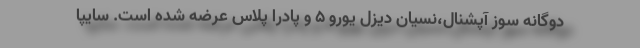
دوگانه سوز آپشنال،نسیان دیزل یورو 5 و پادرا پلاس عرضه شده است. سایپا